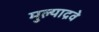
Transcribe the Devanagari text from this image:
मुल्याद्रवे